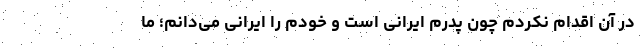
در آن اقدام نکردم چون پدرم ایرانی است و خودم را ایرانی می‌دانم؛ ما